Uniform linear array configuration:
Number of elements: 32
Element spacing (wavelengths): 1
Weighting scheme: kaiser
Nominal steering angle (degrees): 0
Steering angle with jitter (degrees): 0.193
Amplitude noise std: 0.05
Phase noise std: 0.05

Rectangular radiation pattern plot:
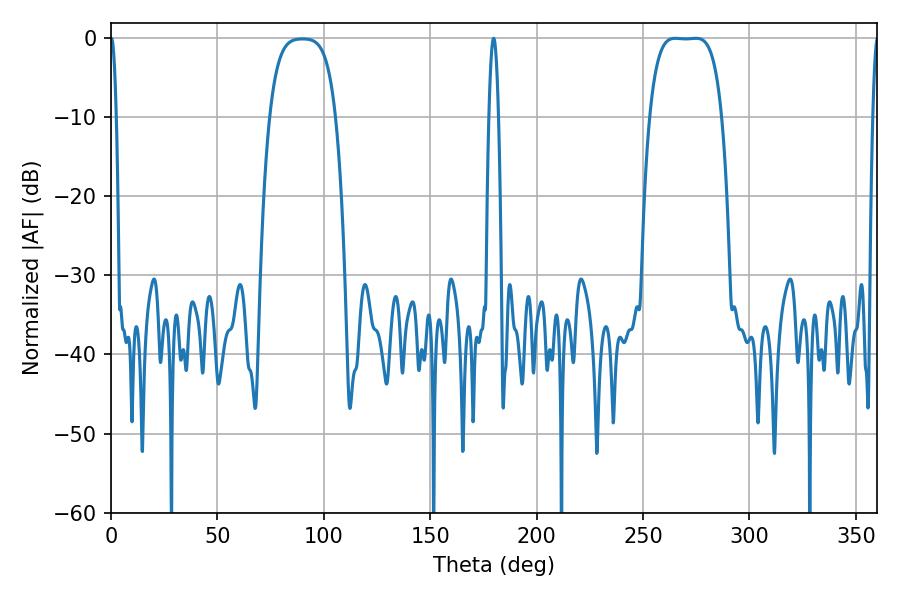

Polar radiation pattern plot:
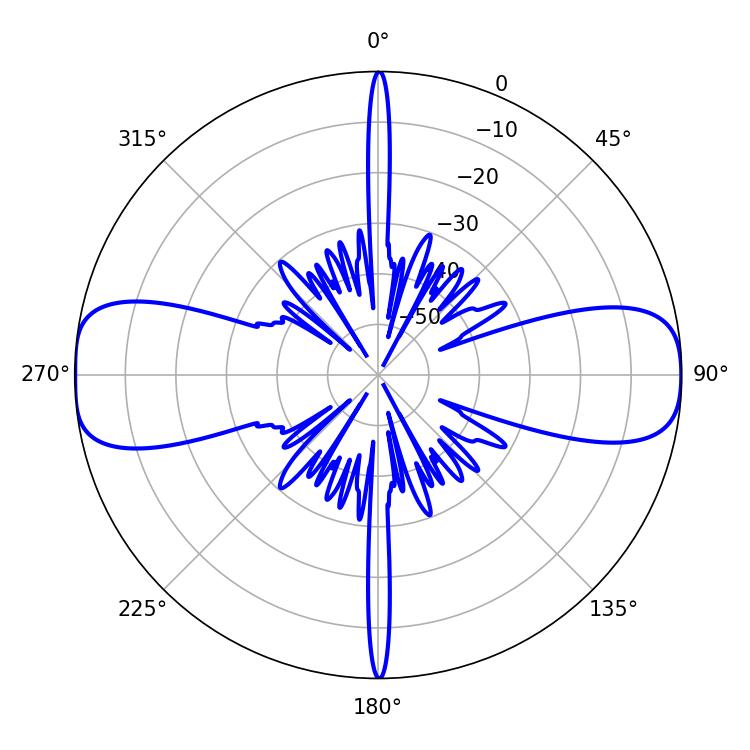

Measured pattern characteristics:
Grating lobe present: TRUE
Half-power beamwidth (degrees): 25.92
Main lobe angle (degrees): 265.14